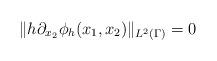
LaTeX: \begin{align*}\|h \partial_{x_2} \phi_h(x_1, x_2) \|_{L^2(\Gamma)}=0\end{align*}